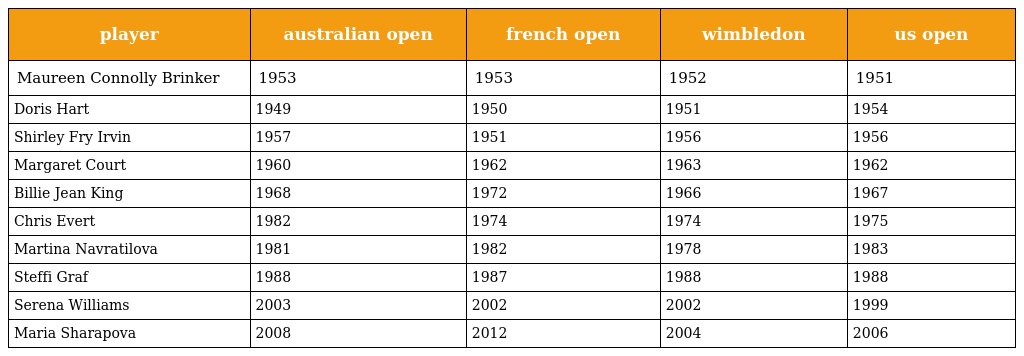
| player | australian open | french open | wimbledon | us open |
 | --- | --- | --- | --- | --- |
 | Maureen Connolly Brinker | 1953 | 1953 | 1952 | 1951 |
 | Doris Hart | 1949 | 1950 | 1951 | 1954 |
 | Shirley Fry Irvin | 1957 | 1951 | 1956 | 1956 |
 | Margaret Court | 1960 | 1962 | 1963 | 1962 |
 | Billie Jean King | 1968 | 1972 | 1966 | 1967 |
 | Chris Evert | 1982 | 1974 | 1974 | 1975 |
 | Martina Navratilova | 1981 | 1982 | 1978 | 1983 |
 | Steffi Graf | 1988 | 1987 | 1988 | 1988 |
 | Serena Williams | 2003 | 2002 | 2002 | 1999 |
 | Maria Sharapova | 2008 | 2012 | 2004 | 2006 |